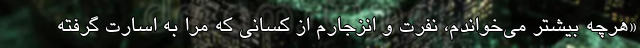
«هرچه بیشتر می‌خواندم، نفرت و انزجارم از کسانی که مرا به اسارت گرفته